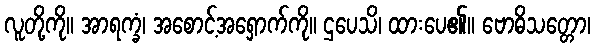
လူတို့ကို။ အာရက္ခံ၊ အစောင့်အရှောက်ကို။ ဌပေသိ၊ ထားပေ၏။ ဗောဓိသတ္တော၊